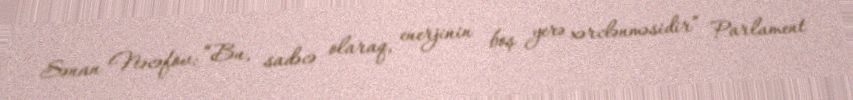
Sənan Nəcəfov: “Bu, sadəcə olaraq, enerjinin boş yerə xərclənməsidir” Parlament